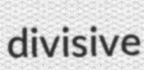
divisive